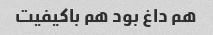
هم داغ بود هم باکیفیت